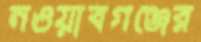
নওয়াবগঞ্জের